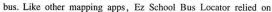
bus. Like other mapping apps,Ez Sehool Bus Locator relied on